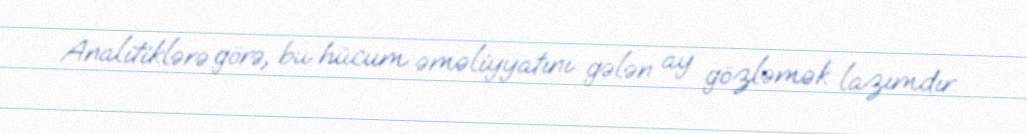
Analitiklərə görə, bu hücum əməliyyatını gələn ay gözləmək lazımdır.